Report on horse surra - Volume I
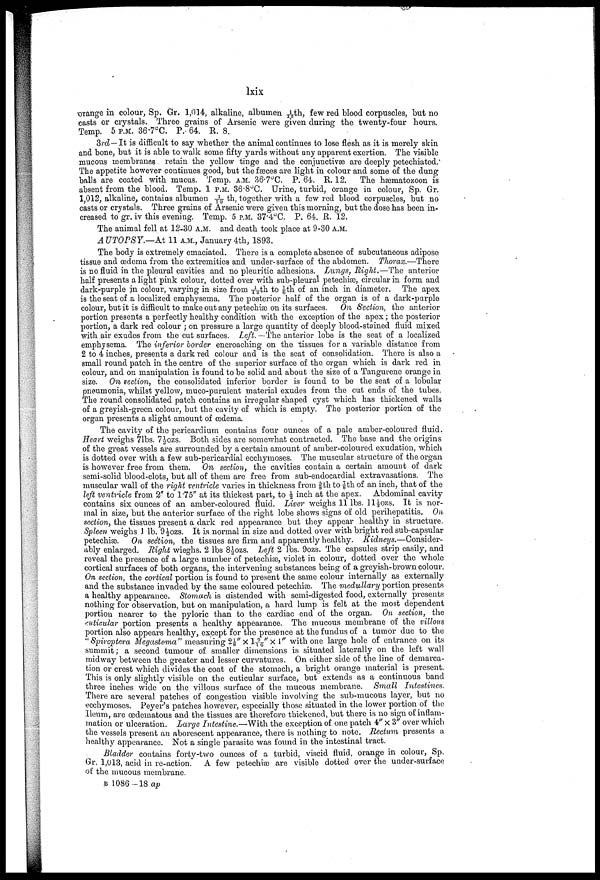
lxix
orange in colour, Sp. Gr. 1,014, alkaline, albumen 1/13th, few red blood corpuscles, but no
casts or crystals. Three grains of Arsenic were given during the twenty-four hours.
Temp. 5 P.M. 36.7°C. P. 64. R. 8.
3rd—It is difficult to say whether the animal continues to lose flesh as it is merely skin
and bone, but it is able to walk some fifty yards without any apparent exertion. The visible
mucous membranes retain the yellow tinge and the conjunctivae are deeply petechiated.
The appetite however continues good, but the fæces are light in colour and some of the dung
balls are coated with mucus. Temp. A.M. 36.7°C. P. 64. R. 12. The hæmatozoon is
absent from the blood. Temp. 1 P.M. 36.8°C. Urine, turbid, orange in colour, Sp. Gr.
1,012, alkaline, contains albumen 1/10 th, together with a few red blood corpuscles, but no
casts or crystals. Three grains of Arsenic were given this morning, but the dose has been in
creased to gr. iv this evening. Temp. 5 P.M. 37.4°C. P. 64. R. 12.
The animal fell at 12.30 A.M. and death took place at 9.30 A.M.
A UTOPSY.—At 11 A.M., January 4th, 1893.
The body is extremely emaciated. There is a complete absence of subcutaneous adipose
tissue and œdema from the extremities and under surface of the abdomen.
Thorax.—There
is no fluid in the pleural cavities and no pleuritic adhesions. Lungs, Right.—The anterior
half presents a light pink colour, dotted over with sub-pleural petechiæ, circular in form and
dark-purple in colour, varying in size from 1/12th to 1/6th of an inch in diameter. The apex
is the seat of a localized emphysema. The posterior half of the organ is of a dark-purple
colour, but it is difficult to make out any petechiæ on its surfaces.
On Section, the anterior
portion presents a perfectly healthy condition with the exception of the apex ; the posterior
portion, a dark red colour ; on pressure a large quantity of deeply blood-stained fluid mixed
with air exudes from the cut surfaces. Left. —The anterior lobe is the seat of a localized
emphysema. The inferior border encroaching on the tissues for a variable distance from
2 to 4 inches, presents a dark red colour and is the seat of consolidation. There is also a
small round patch in the centre of the superior surface of the organ which is dark red in
colour, and on manipulation is found to be solid and about the size of a Tangurene orange in
size. On section, the consolidated inferior border is found to be the seat of a lobular
pneumonia, whilst yellow, muco-purulent material exudes from the cut ends of the tubes.
The round consolidated patch contains an irregular shaped cyst which has thickened walls
of a greyish-green colour, but the cavity of which is empty. The posterior portion of the
organ presents a slight amount of œdema.
The cavity of the pericardium contains four ounces of a pale amber-coloured fluid.
Heart weighs 7lbs. 7½ ozs. Both sides are somewhat contracted. The base and the origins
of the great vessels are surrounded by a certain amount of amber-coloured exudation, which
is dotted over with a few sub-pericardial ecchymoses. The muscular structure of the organ
is however free from them. On section, the cavities contain a certain amount of dark
semi-solid blood-clots, but all of them are free from sub-endocardial extravasations. The
muscular wall of the right ventricle varies in thickness from 5/8 th to 7/8 th of an inch, that of the
left ventricle from 2" to 1.75" at its thickest part, to ½ inch at the apex. Abdominal cavity
contains six ounces of an amber-coloured fluid. Liver weighs 11 lbs. 11½ ozs. It is nor
mal in size, but the anterior surface of the right lobe shows signs of old perihepatitis. On
section, the tissues present a dark red appearance but they appear healthy in structure.
Spleen weighs 1 lb. 9½ ozs. It is normal in size and dotted over with bright red sub-capsular
petechiæ. On section, the tissues are firm and apparently healthy.
Kidneys.—Consider
ably enlarged. Right wieghs. 2 lbs 8½ ozs. Left 2 lbs. 9ozs. The capsules strip easily, and
reveal the presence of a large number of petechiæ, violet in colour, dotted over the whole
cortical surfaces of both organs, the intervening substances being of a greyish-brown colour.
On section, the cortical portion is found to present the same colour internally as externally
and the substance invaded by the same coloured petechiæ. The medullary portion presents
a healthy appearance. Stomach is distended with semi-digested food, externally presents
nothing for observation, but on manipulation, a hard lump is felt at the most dependent
portion nearer to the pyloric than to the cardiac end of the organ. On section, the
cuticular portion presents a healthy appearance. The mucous membrane of the villous.
portion also appears healthy, except for the presence at the fundus of a tumor due to the
" Spiroptera Megastoma" measuring 2⅛" × 1 9/16" × l" with one large hole of entrance on its
summit; a second tumour of smaller dimensions is situated laterally on the left wall
midway between the greater and lesser curvatures. On either side of the line of demarca
tion or crest which divides the coat of the stomach, a bright orange material is present.
This is only slightly visible on the cuticular surface, but extends as a continuous band
three inches wide on the villous surface of the mucous membrane. Small
Intestines.
There are several patches of congestion visible involving the sub-mucous layer, but no
ecchymoses. Peyer's patches however, especially those situated in the lower portion of the
Ileum, are œdematous and the tissues are therefore thickened, but there is no sign of inflam
mation or ulceration. Large Intestine.—With the exception of one patch 4" x 3" over which
the vessels present an aborescent appearance, there is nothing to note. Rectum presents a
healthy appearance. Not a single parasite was found in the intestinal tract.
Bladder contains forty-two ounces of a turbid, viscid fluid, orange in colour, Sp.
Gr. 1,013, acid in re-action. A few petechiæ are visible dotted over the under-surface
of the mucous membrane.
B 1086- 18 ap